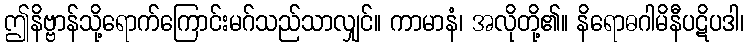
ဤနိဗ္ဗာန်သို့ရောက်ကြောင်းမဂ်သည်သာလျှင်။ ကာမာနံ၊ အလိုတို့၏။ နိရောဓဂါမိနီပဋိပဒါ၊